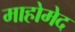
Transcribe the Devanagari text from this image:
माहोमेद